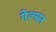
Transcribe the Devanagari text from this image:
गेल्सन